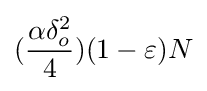
({\dfrac {\alpha \delta _{o}^{2}}{4}})(1-\varepsilon )N